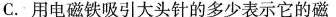
C.用电磁铁吸引大头针的多少表示它的磁